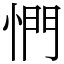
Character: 㥃